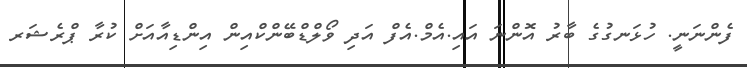
ފެންނަނީ. ހުޅަނގުގެ ބާރު އޮންނަ އައި.އެމް.އެފް އަދި ވޯލްޑްބޭންކްއިން އިންޑިއާއަށް ކުރާ ޕްރެޝަރ